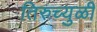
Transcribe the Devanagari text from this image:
तिरुच्युळी